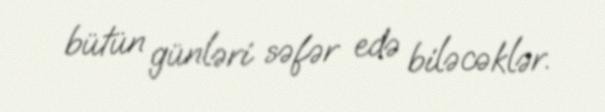
bütün günləri səfər edə biləcəklər.